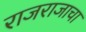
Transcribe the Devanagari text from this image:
राजराजाचा